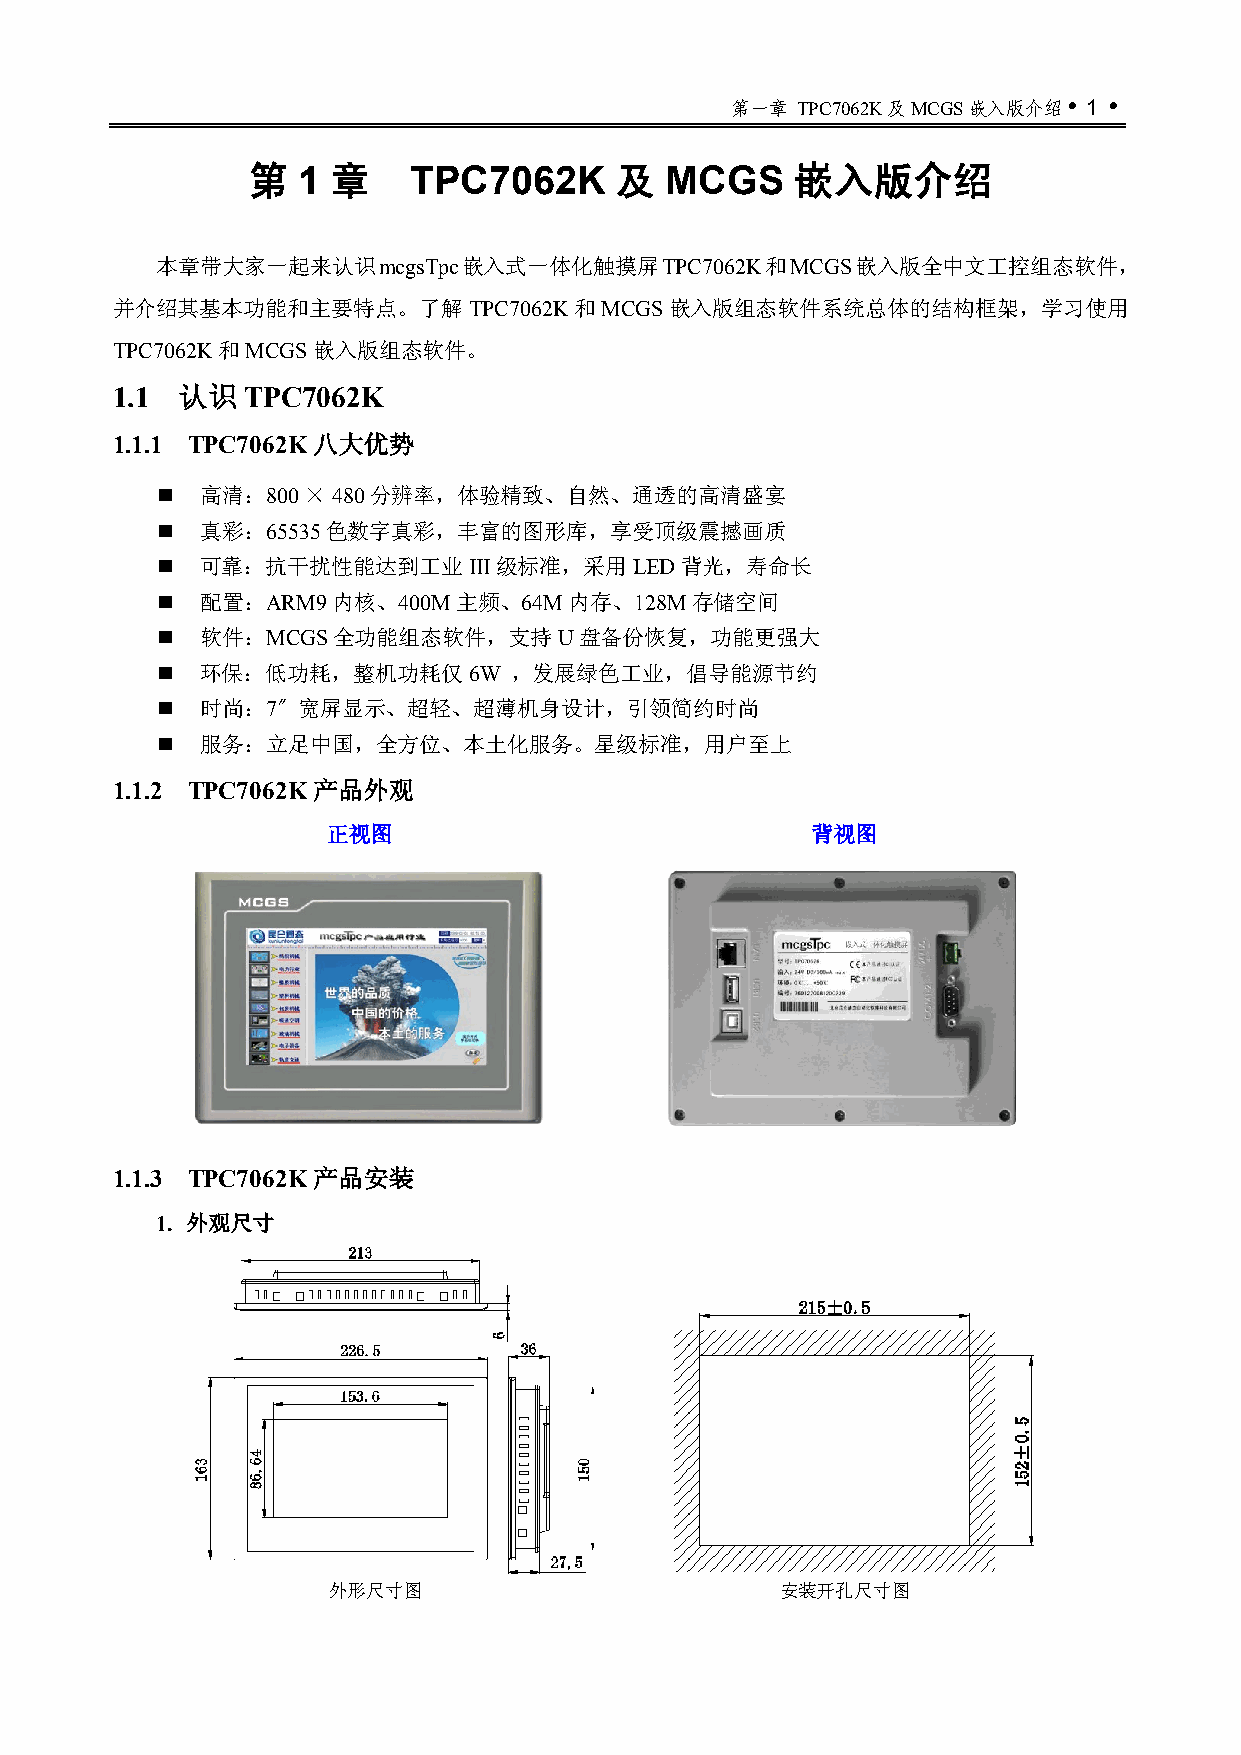
第一章  TPC7062K及MCGS嵌入版介绍 1 
 第   1 章    TPC7062K      及  MCGS     嵌入版介绍
 本章带大家一起来认识mcgsTpc嵌入式一体化触摸屏TPC7062K和MCGS嵌入版全中文工控组态软件，
 并介绍其基本功能和主要特点。了解TPC7062K和MCGS嵌入版组态软件系统总体的结构框架，学习使用
 TPC7062K和MCGS嵌入版组态软件。
 1.1  认识  TPC7062K
 1.1.1 TPC7062K八大优势
   高清：800 × 480分辨率，体验精致、自然、通透的高清盛宴
   真彩：65535色数字真彩，丰富的图形库，享受顶级震撼画质
   可靠：抗干扰性能达到工业III级标准，采用LED背光，寿命长
   配置：ARM9内核、400M主频、64M内存、128M存储空间
   软件：MCGS全功能组态软件，支持U盘备份恢复，功能更强大
   环保：低功耗，整机功耗仅6W       ，发展绿色工业，倡导能源节约
   时尚：7〞宽屏显示、超轻、超薄机身设计，引领简约时尚
   服务：立足中国，全方位、本土化服务。星级标准，用户至上
 1.1.2 TPC7062K产品外观
 正视图                             背视图
 1.1.3 TPC7062K产品安装
 1. 外观尺寸
 外形尺寸图                         安装开孔尺寸图